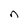
Character: n